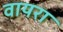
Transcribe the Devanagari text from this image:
वायरा